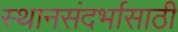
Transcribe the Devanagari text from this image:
स्थानसंदर्भासाठी